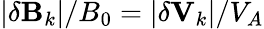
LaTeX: |\delta\mathbf{B}_{k}|/B_{0}=|\delta\mathbf{V}_{k}|/V_{A}